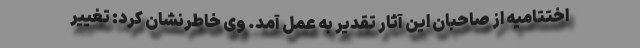
اختتامیه از صاحبان این آثار تقدیر به عمل آمد. وی خاطرنشان کرد: تغییر